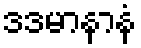
ဒဒမာနာနံ